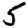
Digit: 5